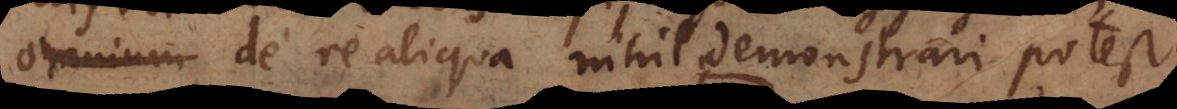
omnium de re aliqua nihil demonstrari potest